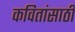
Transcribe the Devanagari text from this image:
कवितांसाठी